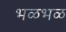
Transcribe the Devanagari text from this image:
भळभळ